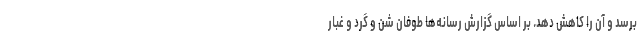
برسد و آن را کاهش دهد. بر اساس گزارش رسانه‌ها طوفان شن و گرد و غبار